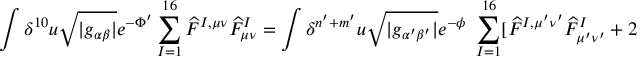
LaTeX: \int \delta ^ { 1 0 } u \sqrt { | g _ { \alpha \beta } | } e ^ { - \Phi ^ { \prime } } \sum _ { I = 1 } ^ { 1 6 } \widehat { F } ^ { I , \mu \nu } \widehat { F } _ { \mu \nu } ^ { I } = \int \delta ^ { n ^ { \prime } + m ^ { \prime } } u \sqrt { | g _ { \alpha ^ { \prime } \beta ^ { \prime } } | } e ^ { - \phi } ~ \sum _ { I = 1 } ^ { 1 6 } [ \widehat { F } ^ { I , \mu ^ { \prime } \nu ^ { \prime } } \widehat { F } _ { \mu ^ { \prime } \nu ^ { \prime } } ^ { I } + 2